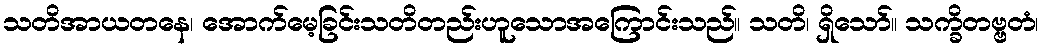
သတိအာယတနေ၊ အောက်မေ့ခြင်းသတိတည်းဟူသောအကြောင်းသည်။ သတိ၊ ရှိသော်။ သက္ခိတဗ္ဗတံ၊